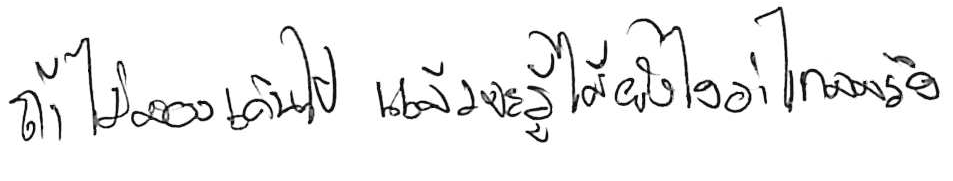
ถ้าไม่ลองเดินไป แล้วจะรู้ได้ยังไงว่าไกลจริง